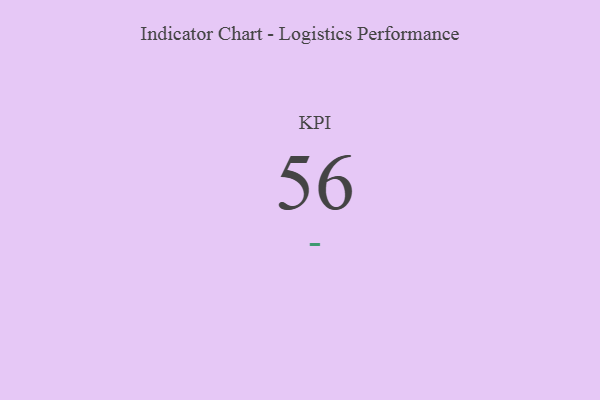
{"axis": {"x": "KPI", "y": "Value"}, "legend": [""], "data": [{"x": "KPI", "y": 56, "type": ""}]}